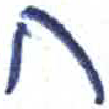
אות: ח